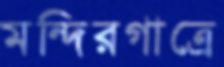
মন্দিরগাত্রে